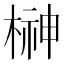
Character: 榊